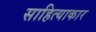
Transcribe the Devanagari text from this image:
साहित्याकार